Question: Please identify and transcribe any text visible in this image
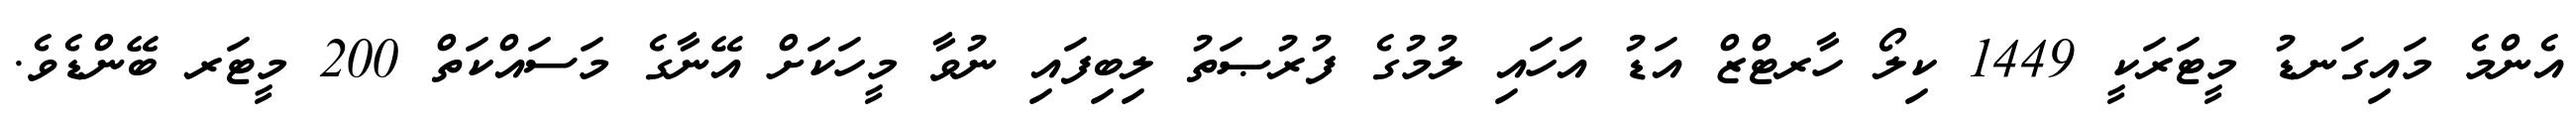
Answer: އެންމެ މައިގަނޑު މީޓަރަކީ 1449 ކިލޯ ހާރޓްޒް އަޑު އަހައި ލުމުގެ ފުރުޞަތު ލިބިފައި ނުވާ މީހަކަށް އޭނާގެ މަސައްކަތް 200 މީޓަރ ބޭންޑެވެ.